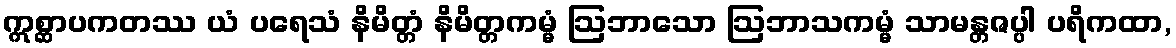
ဣစ္ဆာပကတဿ ယံ ပရေသံ နိမိတ္တံ နိမိတ္တကမ္မံ ဩဘာသော ဩဘာသကမ္မံ သာမန္တဇပ္ပါ ပရိကထာ,